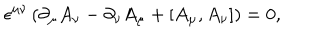
\epsilon ^ { \mu \nu } \left( \partial _ { \mu } A _ { \nu } - \partial _ { \nu } A _ { \mu } + [ A _ { \mu } , A _ { \nu } ] \right) = 0 ,